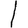
Digit: 1